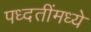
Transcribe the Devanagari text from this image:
पध्दतींमध्ये